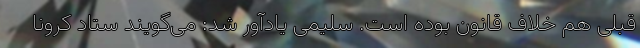
قبلی هم خلاف قانون بوده است. سلیمی یادآور شد: می‌گویند ستاد کرونا